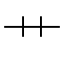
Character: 艹